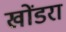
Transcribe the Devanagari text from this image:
खोंडरा